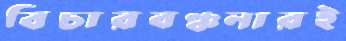
বিচারবঞ্চনারই